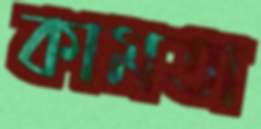
কামতা